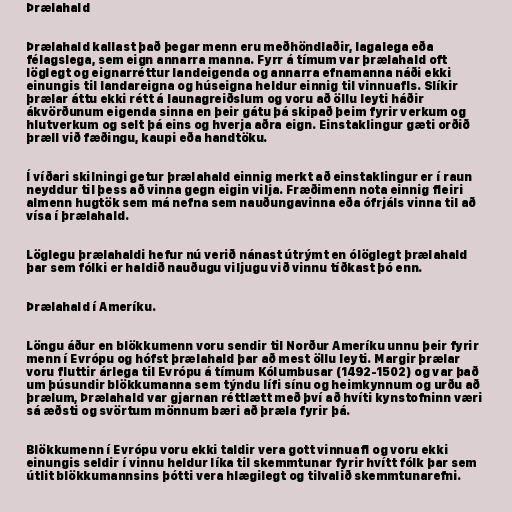
Þrælahald

Þrælahald kallast það þegar menn eru meðhöndlaðir, lagalega eða
félagslega, sem eign annarra manna. Fyrr á tímum var þrælahald oft
löglegt og eignarréttur landeigenda og annarra efnamanna náði ekki
einungis til landareigna og húseigna heldur einnig til vinnuafls. Slíkir
þrælar áttu ekki rétt á launagreiðslum og voru að öllu leyti háðir
ákvörðunum eigenda sinna en þeir gátu þá skipað þeim fyrir verkum og
hlutverkum og selt þá eins og hverja aðra eign. Einstaklingur gæti orðið
þræll við fæðingu, kaupi eða handtöku.

Í víðari skilningi getur þrælahald einnig merkt að einstaklingur er í raun
neyddur til þess að vinna gegn eigin vilja. Fræðimenn nota einnig fleiri
almenn hugtök sem má nefna sem nauðungavinna eða ófrjáls vinna til að
vísa í þrælahald.

Löglegu þrælahaldi hefur nú verið nánast útrýmt en ólöglegt þrælahald
þar sem fólki er haldið nauðugu viljugu við vinnu tíðkast þó enn.

Þrælahald í Ameríku.

Löngu áður en blökkumenn voru sendir til Norður Ameríku unnu þeir fyrir
menn í Evrópu og hófst þrælahald þar að mest öllu leyti. Margir þrælar
voru fluttir árlega til Evrópu á tímum Kólumbusar (1492-1502) og var það
um þúsundir blökkumanna sem týndu lífi sínu og heimkynnum og urðu að
þrælum, Þrælahald var gjarnan réttlætt með því að hvíti kynstofninn væri
sá æðsti og svörtum mönnum bæri að þræla fyrir þá.

Blökkumenn í Evrópu voru ekki taldir vera gott vinnuafl og voru ekki
einungis seldir í vinnu heldur líka til skemmtunar fyrir hvítt fólk þar sem
útlit blökkumannsins þótti vera hlægilegt og tilvalið skemmtunarefni.